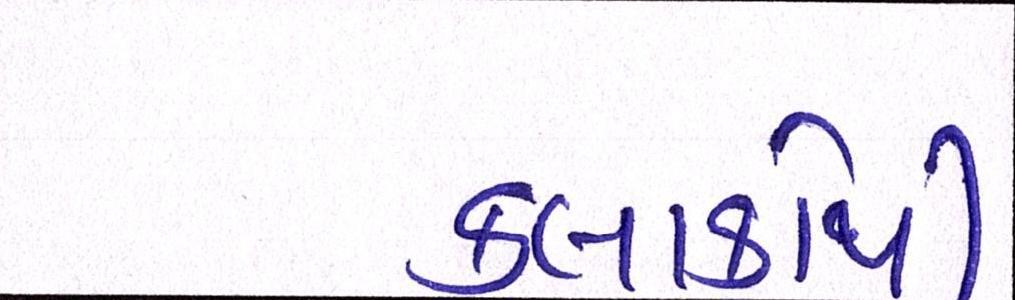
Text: કલાકોથી